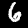
Label: 6